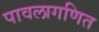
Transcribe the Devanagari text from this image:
पावलागणित